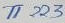
Text: T1223